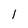
Character: l